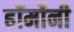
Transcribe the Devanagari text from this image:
हॉर्मोनी